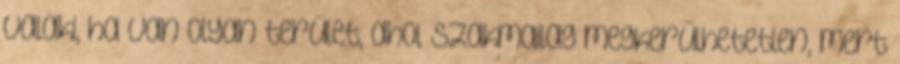
valaki, ha van olyan terület, ahol szakmailag megkerülhetetlen, mert